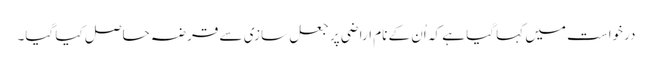
درخواست میں کہا گیا ہے کہ اُن کے نام اراضی پر جعل سازی سے قرضہ حاصل کیا گیا۔